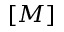
[ M ]